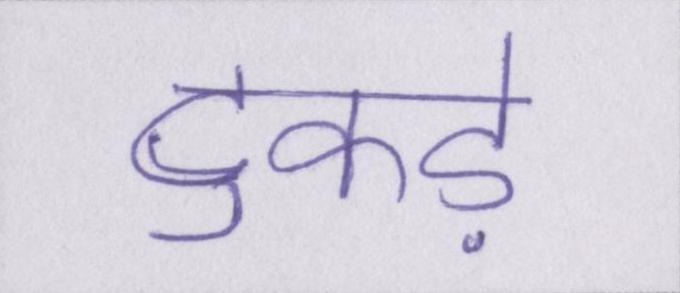
टुकड़े